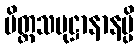
ပိတ္တသမုဋ္ဌာနာနမ္ပိ